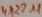
Text: 4x22µ